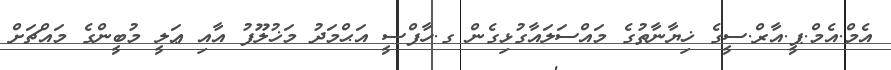
އެމް.އެމް.ޕީ.އާރް.ސީގެ ޚިޔާނާތުގެ މައްސަލައާގުޅިގެން ގ.ހާފްސީ އަޙްމަދު މަޚުލޫފު އާއި ޢަލީ މުބީންގެ މައްޗަށް